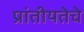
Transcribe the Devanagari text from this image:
प्रांतीयतेचे